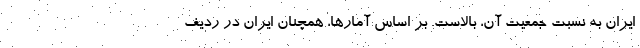
ایران به نسبت جمعیت آن، بالاست. بر اساس آمارها، همچنان ایران در ردیف